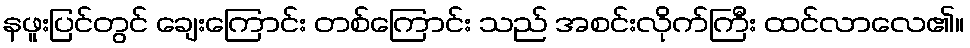
နဖူးပြင်တွင် ချေးကြောင်း တစ်ကြောင်း သည် အစင်းလိုက်ကြီး ထင်လာလေ၏။